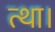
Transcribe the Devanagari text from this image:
त्था।